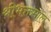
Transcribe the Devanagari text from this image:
श्रीभक्तमाल